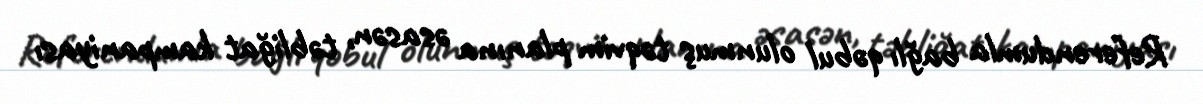
Referendumla bağlı qəbul olunmuş təqvim planına əsasən, təbliğat kampaniyası